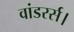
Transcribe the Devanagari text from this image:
वांडरर्स।